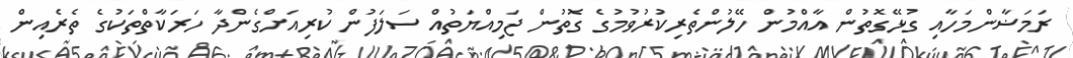
ރަމަޟާންމަހާއި ގުޅޭގޮތުން އާއްމުން ހޭލުންތެރިކުރުވުމުގެ ގޮތުން ޖަމިއްޔަތުއް ސަލަފުން ކުރިއަށްގެންދާ ހަރަކާތްތަކުގެ ތެރެއިން